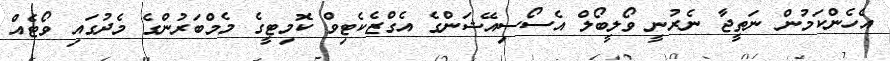
އެހެންކަމުން ނަތީޖާ ނެރުނީ ވޯލީބޯލް އެސޯސިއޭޝަންގެ އެގްޒެކެޓިވް ކޮމިޓީގެ މެމްބަރުންގެ މެދުގައި ވޯޓެއް